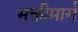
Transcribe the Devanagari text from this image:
भक्तीमार्ग